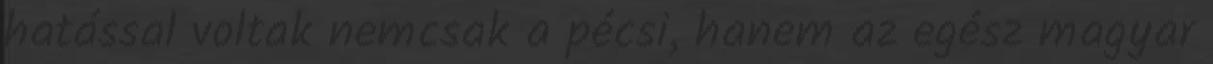
hatással voltak nemcsak a pécsi, hanem az egész magyar